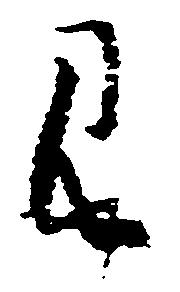
み